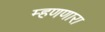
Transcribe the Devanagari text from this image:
म्हणणारा